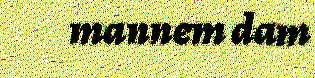
mannem dam